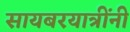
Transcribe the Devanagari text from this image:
सायबरयात्रींनी